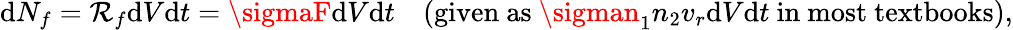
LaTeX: \mathrm{d}N_{f}=\mathcal{R}_{f}\mathrm{d}V\mathrm{d}t=\sigmaF\mathrm{d}V\mathrm{d}t\quad({\mathrm{{given~as~}}}\sigman_{1}n_{2}v_{r}\mathrm{d}V\mathrm{d}t{\mathrm{{~in~most~textbooks}}}),